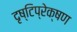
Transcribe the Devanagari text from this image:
दृष्टिप्रेक्षण